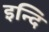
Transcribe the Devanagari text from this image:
इन्दि